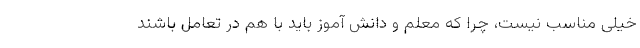
خیلی مناسب نیست، چرا که معلم و دانش آموز باید با هم در تعامل باشند